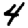
Digit: 4